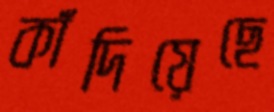
কাঁদিয়েছে